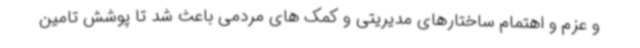
و عزم و اهتمام ساختارهای مدیریتی و کمک های مردمی باعث شد تا پوشش تامین